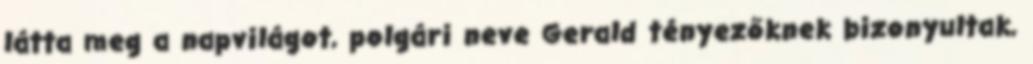
látta meg a napvilágot, polgári neve Gerald tényezőknek bizonyultak,